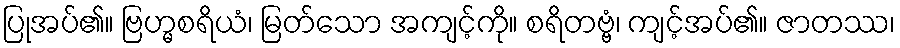
ပြုအပ်၏။ ဗြဟ္မစရိယံ၊ မြတ်သော အကျင့်ကို။ စရိတဗ္ဗံ၊ ကျင့်အပ်၏။ ဇာတဿ၊